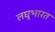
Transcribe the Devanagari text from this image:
लघुभारत